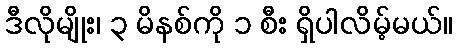
ဒီလိုမျိုး၊ ၃ မိနစ်ကို ၁ စီး ရှိပါလိမ့်မယ်။